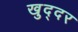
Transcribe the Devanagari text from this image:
खुद्दर